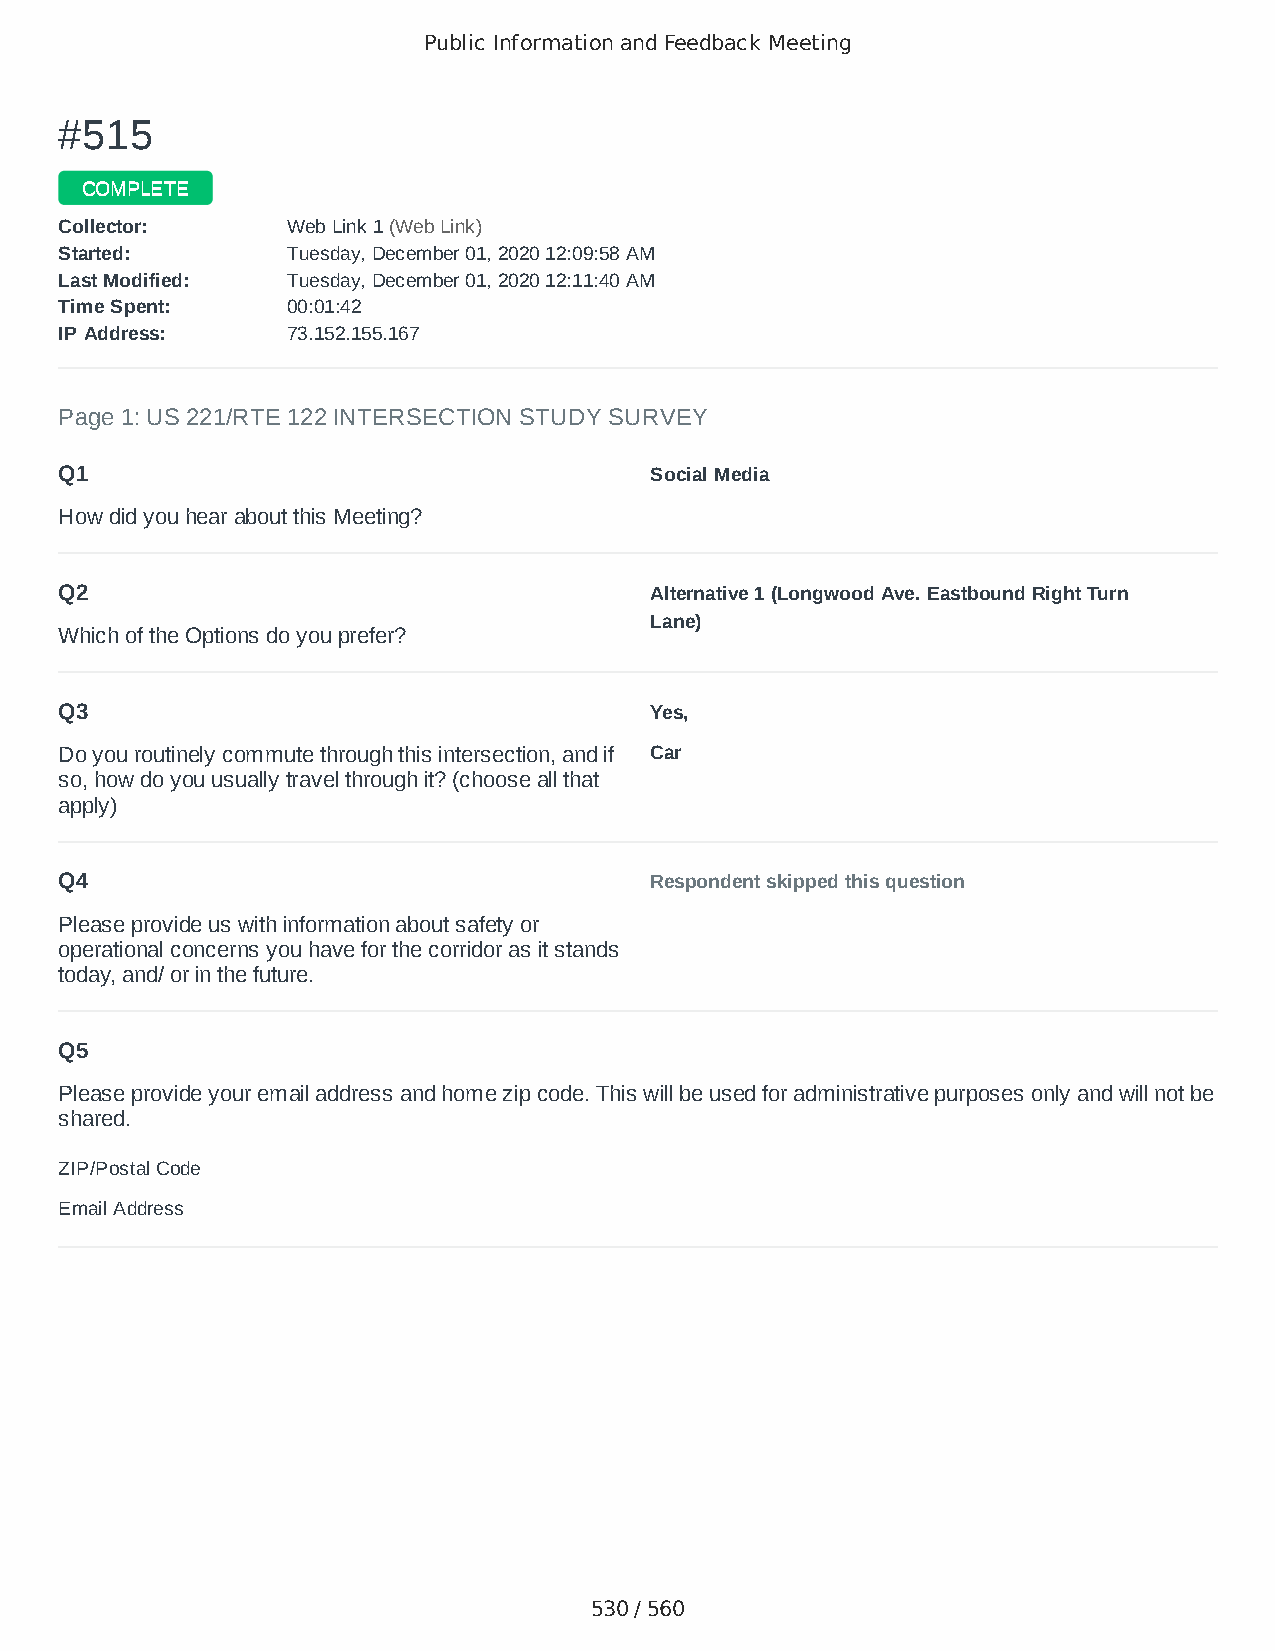
Public Information and Feedback Meeting
 ##551155
 CCOOMMPPLLEETTEE
 CCoolllleeccttoorr:: WWeebb LLiinnkk 11 ((WWeebb LLiinnkk))
 SSttaarrtteedd:: TTuueessddaayy,, DDeecceemmbbeerr 0011,, 22002200 1122::0099::5588 AAMM
 LLaasstt MMooddiiffiieedd:: TTuueessddaayy,, DDeecceemmbbeerr 0011,, 22002200 1122::1111::4400 AAMM
 TTiimmee SSppeenntt:: 0000::0011::4422
 IIPP AAddddrreessss:: 7733..115522..115555..116677
 Page 1: US 221/RTE 122 INTERSECTION STUDY SURVEY
 Q1                                     Social Media
 How did you hear about this Meeting?
 Q2                                     Alternative 1 (Longwood Ave. Eastbound Right Turn
 Lane)
 Which of the Options do you prefer?
 Q3                                     Yes,
 Do you routinely commute through this intersection, and if Car
 so, how do you usually travel through it? (choose all that
 apply)
 Q4                                     Respondent skipped this question
 Please provide us with information about safety or
 operational concerns you have for the corridor as it stands
 today, and/ or in the future.
 Q5
 Please provide your email address and home zip code. This will be used for administrative purposes only and will not be
 shared.
 ZIP/Postal Code                        24523
 Email Address                          oahaynes@gmail.com
 530 / 560